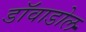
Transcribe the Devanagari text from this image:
डाॅवाडोल